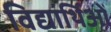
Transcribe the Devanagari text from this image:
विद्यार्थिओं